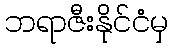
ဘရာဇီးနိုင်ငံမှ